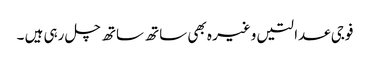
فوجی عدالتیں وغیر ہ بھی ساتھ ساتھ چل رہی ہیں ۔